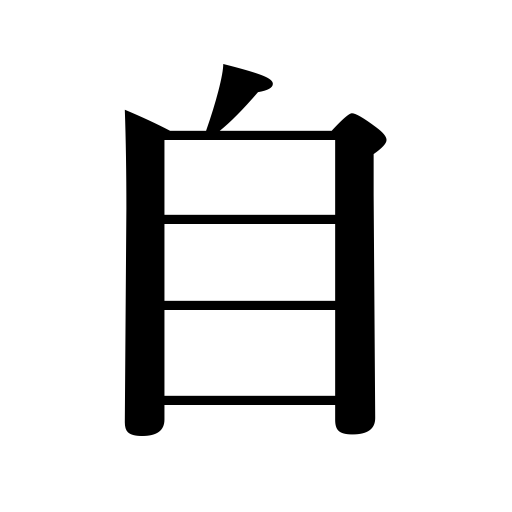
Meanings: oneself,personally